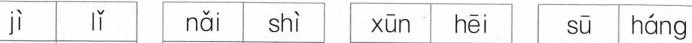
jì lǐ nǎi shì xūn hēi Sū háng